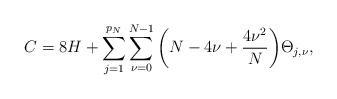
LaTeX: \begin{align*} C=8H+\sum\limits_{j=1}^{p_{N}} \sum\limits_{\nu=0}^{N-1}\bigg(N-4\nu+\frac{4\nu ^{2}}{N}\bigg)\Theta_{j,\nu},\end{align*}